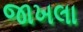
જાખલા